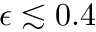
\epsilon \lesssim 0 . 4